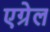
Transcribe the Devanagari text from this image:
एग्रेल